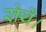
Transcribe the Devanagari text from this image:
रोयें।